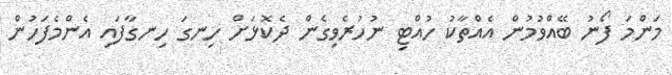
މަންމަ ފޯނު ބޭއްވުމުން އެއްތާކު ހުއްޓި ނުހުރެވިގެން ދެކޮޅަށް ހިނގަ ހިނގާފައި އެންމެފަހުން